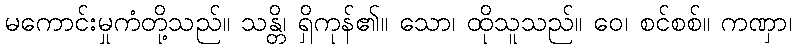
မကောင်းမှုကံတို့သည်။ သန္တိ၊ ရှိကုန်၏။ သော၊ ထိုသူသည်။ ဝေ၊ စင်စစ်။ ကဏှာ၊